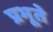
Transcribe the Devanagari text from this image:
प्रभूते